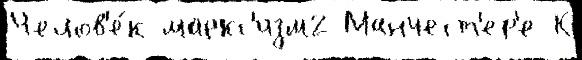
Челов'е́к маркс'изм2 Манчест'ер'е К